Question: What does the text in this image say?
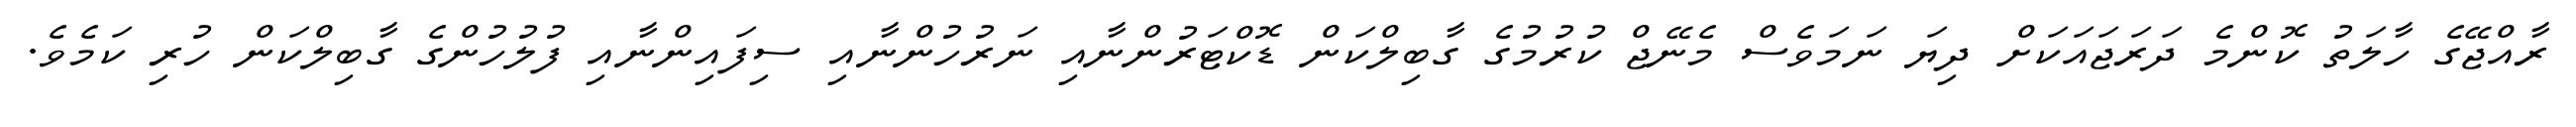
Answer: ރާއްޖޭގެ ހާލަތު ކޮންމެ ދަރަޖައަކަށް ދިޔަ ނަމަވެސް މެނޭޖް ކުރުމުގެ ގާބިލްކަން ޑޮކްޓަރުންނާއި ނަރުހުންނާއި ސިފައިންނާއި ފުލުހުންގެ ގާބިލްކަން ހުރި ކަމެވެ.